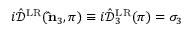
i \hat { \mathcal { D } } ^ { \mathrm { L R } } ( { \bf \hat { n } } _ { 3 } , \pi ) \equiv i \hat { \mathcal { D } } _ { 3 } ^ { \mathrm { L R } } ( \pi ) = \sigma _ { 3 }